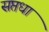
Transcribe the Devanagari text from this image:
सप्तधा